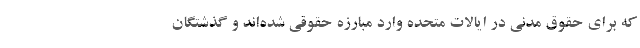
که برای حقوق مدنی در ایالات متحده وارد مبارزه حقوقی شده‌اند و گذشتگان